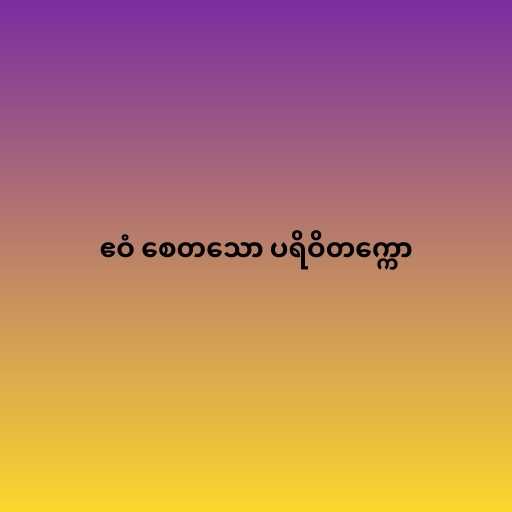
ဧဝံ စေတသော ပရိဝိတက္ကော